Vaccination Hyderabad 1890-1903 - 1890-1903
Year: 1890
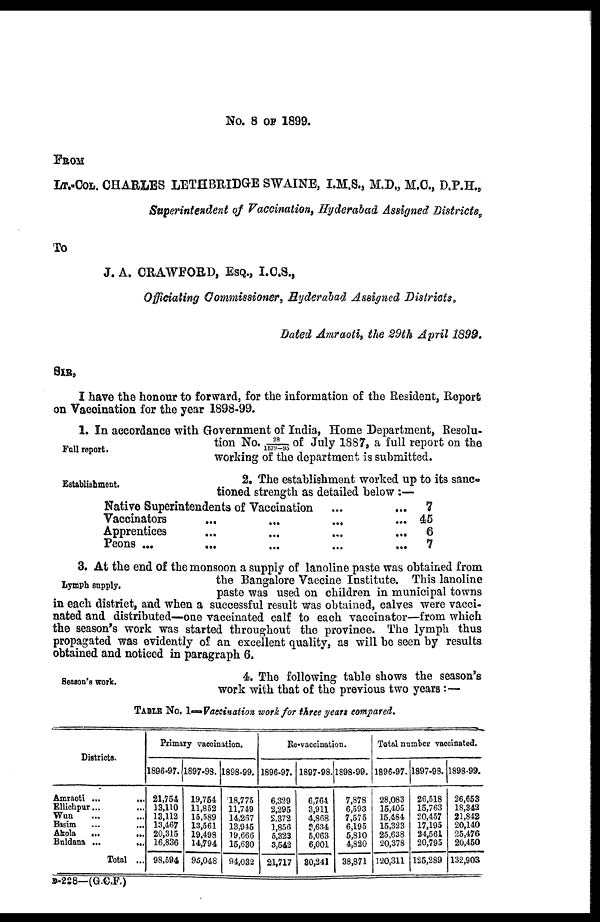
No. 8 OF 1899.
FROM
LT.-COL. CHARLES LETHBRIDGE SWAINE, I.M.S., M.D., M.C., D.P.H.,
Superintendent of Vaccination, Hyderabad Assigned Districts,
To
J. A. CRAWFORD, ESQ., I.C.S.,
Officiating Commissioner, Hyderabad Assigned Districts.
Dated Amraoti, the 29th April 1899.
SIR,
I have the honour to forward, for the information of the Resident, Report
on Vaccination for the year 1898-99.
Full report.
1. In accordance with Government of India, Home Department, Resolu-
tion No.28/1579-95 of July 1887, a full report on the
working of the department is submitted.
Establishment.
2. The establishment worked up to its sanc-
tioned strength as detailed below :—
Native Superintendents of Vaccination ...
...
Vaccinators
...
...
...
...
Apprentices
...
...
...
...
Peons ...
...
...
...
7
45
6
7
Lymph supply.
3. At the end of the monsoon a supply of lanoline paste was obtained from
the Bangalore Vaccine Institute. This lanoline
paste was used on children in municipal towns
in each district, and when a successful result was obtained, calves were vacci-
nated and distributed—one vaccinated calf to each vaccinator—from which
the season's work was started throughout the province. The lymph thus
propagated was evidently of an excellent quality, as will be seen by results
obtained and noticed in paragraph 6.
Season's work.
4. The following table shows the season's
work with that of the previous two years:—
TABLE No. 1—Vaccination work for three years compared.
Districts.
Amraoti ...
...
Ellichpur... ...
Wun ... ...
Basim ... ...
Akola
...
...
Buldana ...
...
Total ...
Primary vaccination.
1896-97.
21,754
13,110
13,112
13,467
20,315
16,836
98,594
1897-98.
19,754
11,852
15,589
13,561
19,498
14,794
95,048
1898-99.
18,775
11,749
14,267
13,945
19,666
15,630
94,032
Re-vaccination.
1896-97.
6,329
2,295
2,372
1,856
5,323
3,542
21,717
1897-98.
6,764
3,911
4,868
3,634
5,063
6,001
30,241
1898-99.
7,878
6,593
7,575
6,195
5,810
4,820
38,871
Total number vaccinated.
1896-97.
28,083
15,405
15,484
15,323
25,638
20,378
120,311
1897-98.
26,518
15,763
20,457
17,195
24,561
20,795
125,289
1898-99.
26,653
18,342
21,842
20,140
25,476
20,450
132,903
B-228—(G.C.F.)